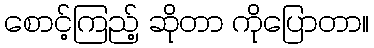
စောင့်ကြည့် ဆိုတာ ကိုပြောတာ။